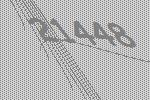
21448